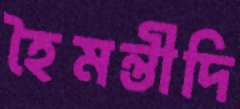
হৈমন্তীদি